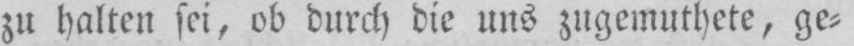
zu halten sei, ob durch die uns zugemuthete, ge⸗